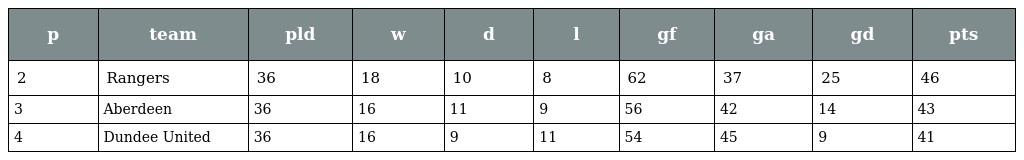
| p | team | pld | w | d | l | gf | ga | gd | pts |
 | --- | --- | --- | --- | --- | --- | --- | --- | --- | --- |
 | 2 | Rangers | 36 | 18 | 10 | 8 | 62 | 37 | 25 | 46 |
 | 3 | Aberdeen | 36 | 16 | 11 | 9 | 56 | 42 | 14 | 43 |
 | 4 | Dundee United | 36 | 16 | 9 | 11 | 54 | 45 | 9 | 41 |